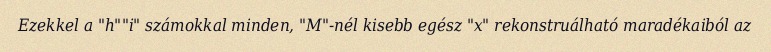
Ezekkel a "h""i" számokkal minden, "M"-nél kisebb egész "x" rekonstruálható maradékaiból az